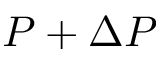
P + \Delta P